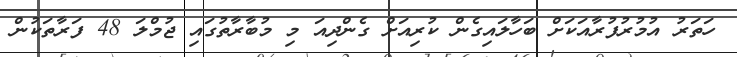
ހަތަރު އުމުރުފުރާއަކަށް ބަހާލައިގެން ކުރިއަށް ގެންދިއަ މި މުބާރާތުގައި ޖުމްލަ 48 ފަރާތަކުން